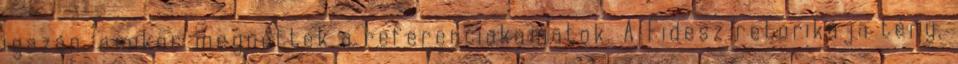
igazán, amikor megnőttek a referenciakamatok. A Fidesz retorikája tény,